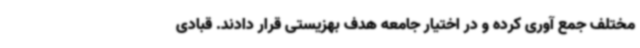
مختلف جمع آوری کرده و در اختیار جامعه هدف بهزیستی قرار دادند. قبادی